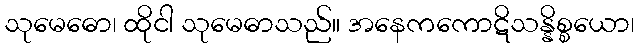
သုမေဓော၊ ထိုငါ သုမေဓာသည်။ အနေကကောဋိသန္နိစ္စယော၊